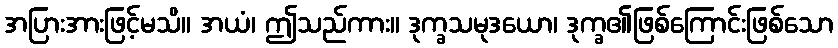
အပြားအားဖြင့်မသိ။ အယံ၊ ဤသည်ကား။ ဒုက္ခသမုဒယော၊ ဒုက္ခ၏ဖြစ်ကြောင်းဖြစ်သော